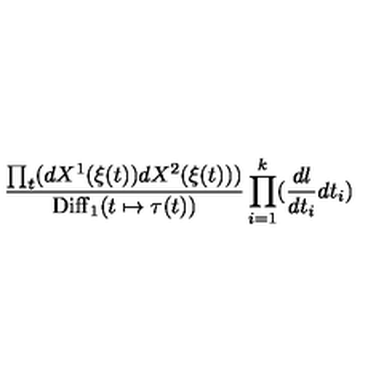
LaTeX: { \frac { \prod _ { t } ( d X ^ { 1 } ( \xi ( t ) ) d X ^ { 2 } ( \xi ( t ) ) ) } { \mathrm { D i f f } _ { 1 } ( t \mapsto \tau ( t ) ) } } \prod _ { i = 1 } ^ { k } ( { \frac { d l } { d t _ { i } } } d t _ { i } )